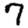
Digit: 7